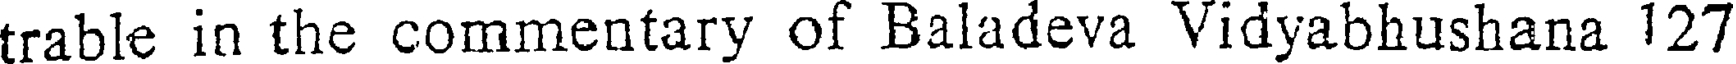
trable in the commentary of Baladeva Vidyabhushana 127